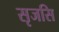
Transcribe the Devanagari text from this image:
सृजसि